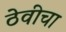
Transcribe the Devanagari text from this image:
ठेवीचा